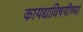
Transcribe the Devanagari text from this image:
कायद्याविषयीच्या